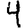
Digit: 4